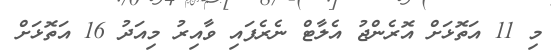
މި 11 އަތޮޅަށް އޮރެންޖު އެލާޓް ނެރެފައި ވާއިރު މިއަދު 16 އަތޮޅަށް